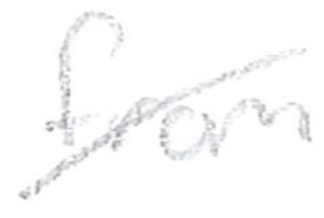
Text: from
Cross-out: mix
Writing tool: pencil